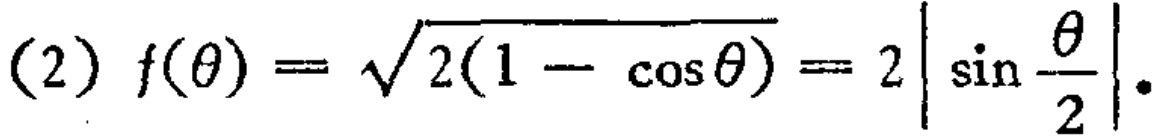
(2) \(f(\theta)=\sqrt{2(1 - \cos\theta)} = 2\left|\sin\frac{\theta}{2}\right|\).